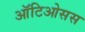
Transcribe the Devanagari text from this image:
ऑटिओसस